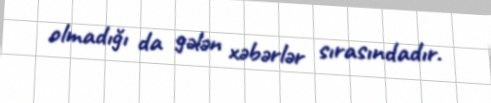
olmadığı da gələn xəbərlər sırasındadır.